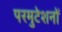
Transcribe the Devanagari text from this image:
परमुटेशनों